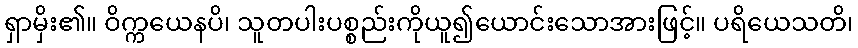
ရှာမှိး၏။ ဝိက္ကယေနပိ၊ သူတပါးပစ္စည်းကိုယူ၍ယောင်းသောအားဖြင့်။ ပရိယေသတိ၊